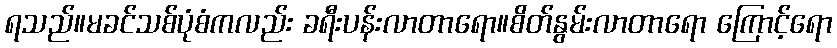
ရသည်။မခင်သစ်ပုံစံကလည်း ခရီးပန်းလာတာရော။စိတ်နွမ်းလာတာရော ကြောင့်ရော